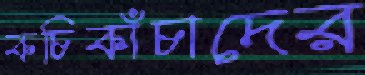
কচিকাঁচাদের